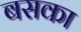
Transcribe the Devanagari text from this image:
बसका